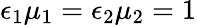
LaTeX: \epsilon_{1}\mu_{1}=\epsilon_{2}\mu_{2}=1